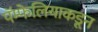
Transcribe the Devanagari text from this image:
पॅम्फेलियाकडून